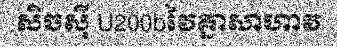
សិចស៊ី U200bវៃគ្នាសាហាវ